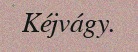
Kéjvágy.